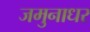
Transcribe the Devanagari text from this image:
जमुनाधर